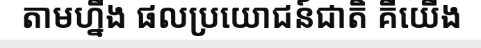
តាមហ្នឹង ផលប្រយោជន៍ជាតិ គឺយើង